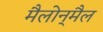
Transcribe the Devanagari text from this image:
मैलोन्‌मैल